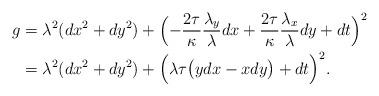
LaTeX: \begin{align*} g &= \lambda^2 (dx^2+dy^2) +\Bigl(- \frac{2\tau}{\kappa}\frac{\lambda_y}{\lambda} dx +\frac{2\tau}{\kappa}\frac{\lambda_x}{\lambda} dy +dt\Bigr)^2 \\&= \lambda^2 (dx^2+dy^2) + \Bigl( \lambda \tau \big(ydx -xdy \big) + dt\Bigr)^2.\end{align*}